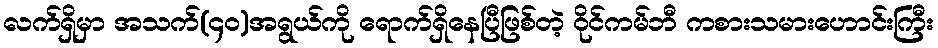
လက်ရှိမှာ အသက်(၄၀)အရွယ်ကို ရောက်ရှိနေပြီဖြစ်တဲ့ ဝိုင်ကမ်ဘီ ကစားသမားဟောင်းကြီး